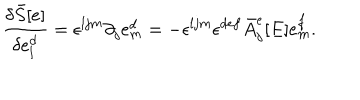
LaTeX: \frac { \delta { \bar { S } } [ e ] } { \delta e _ { l } ^ { d } } = \epsilon ^ { l j m } \partial _ { j } e _ { m } ^ { d } = - \epsilon ^ { l j m } \epsilon ^ { d e f } { \bar { A } } _ { j } ^ { e } [ E ] e _ { m } ^ { f } .